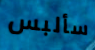
سألبس